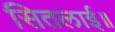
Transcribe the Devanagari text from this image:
सितलाई॥